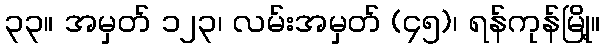
၃၃။ အမှတ် ၁၂၃၊ လမ်းအမှတ် (၄၅)၊ ရန်ကုန်မြို့။